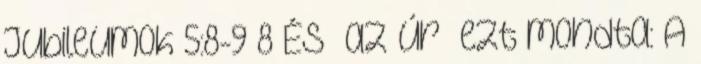
Jubileumok 5:8-9 8 És az Úr ezt mondta: A